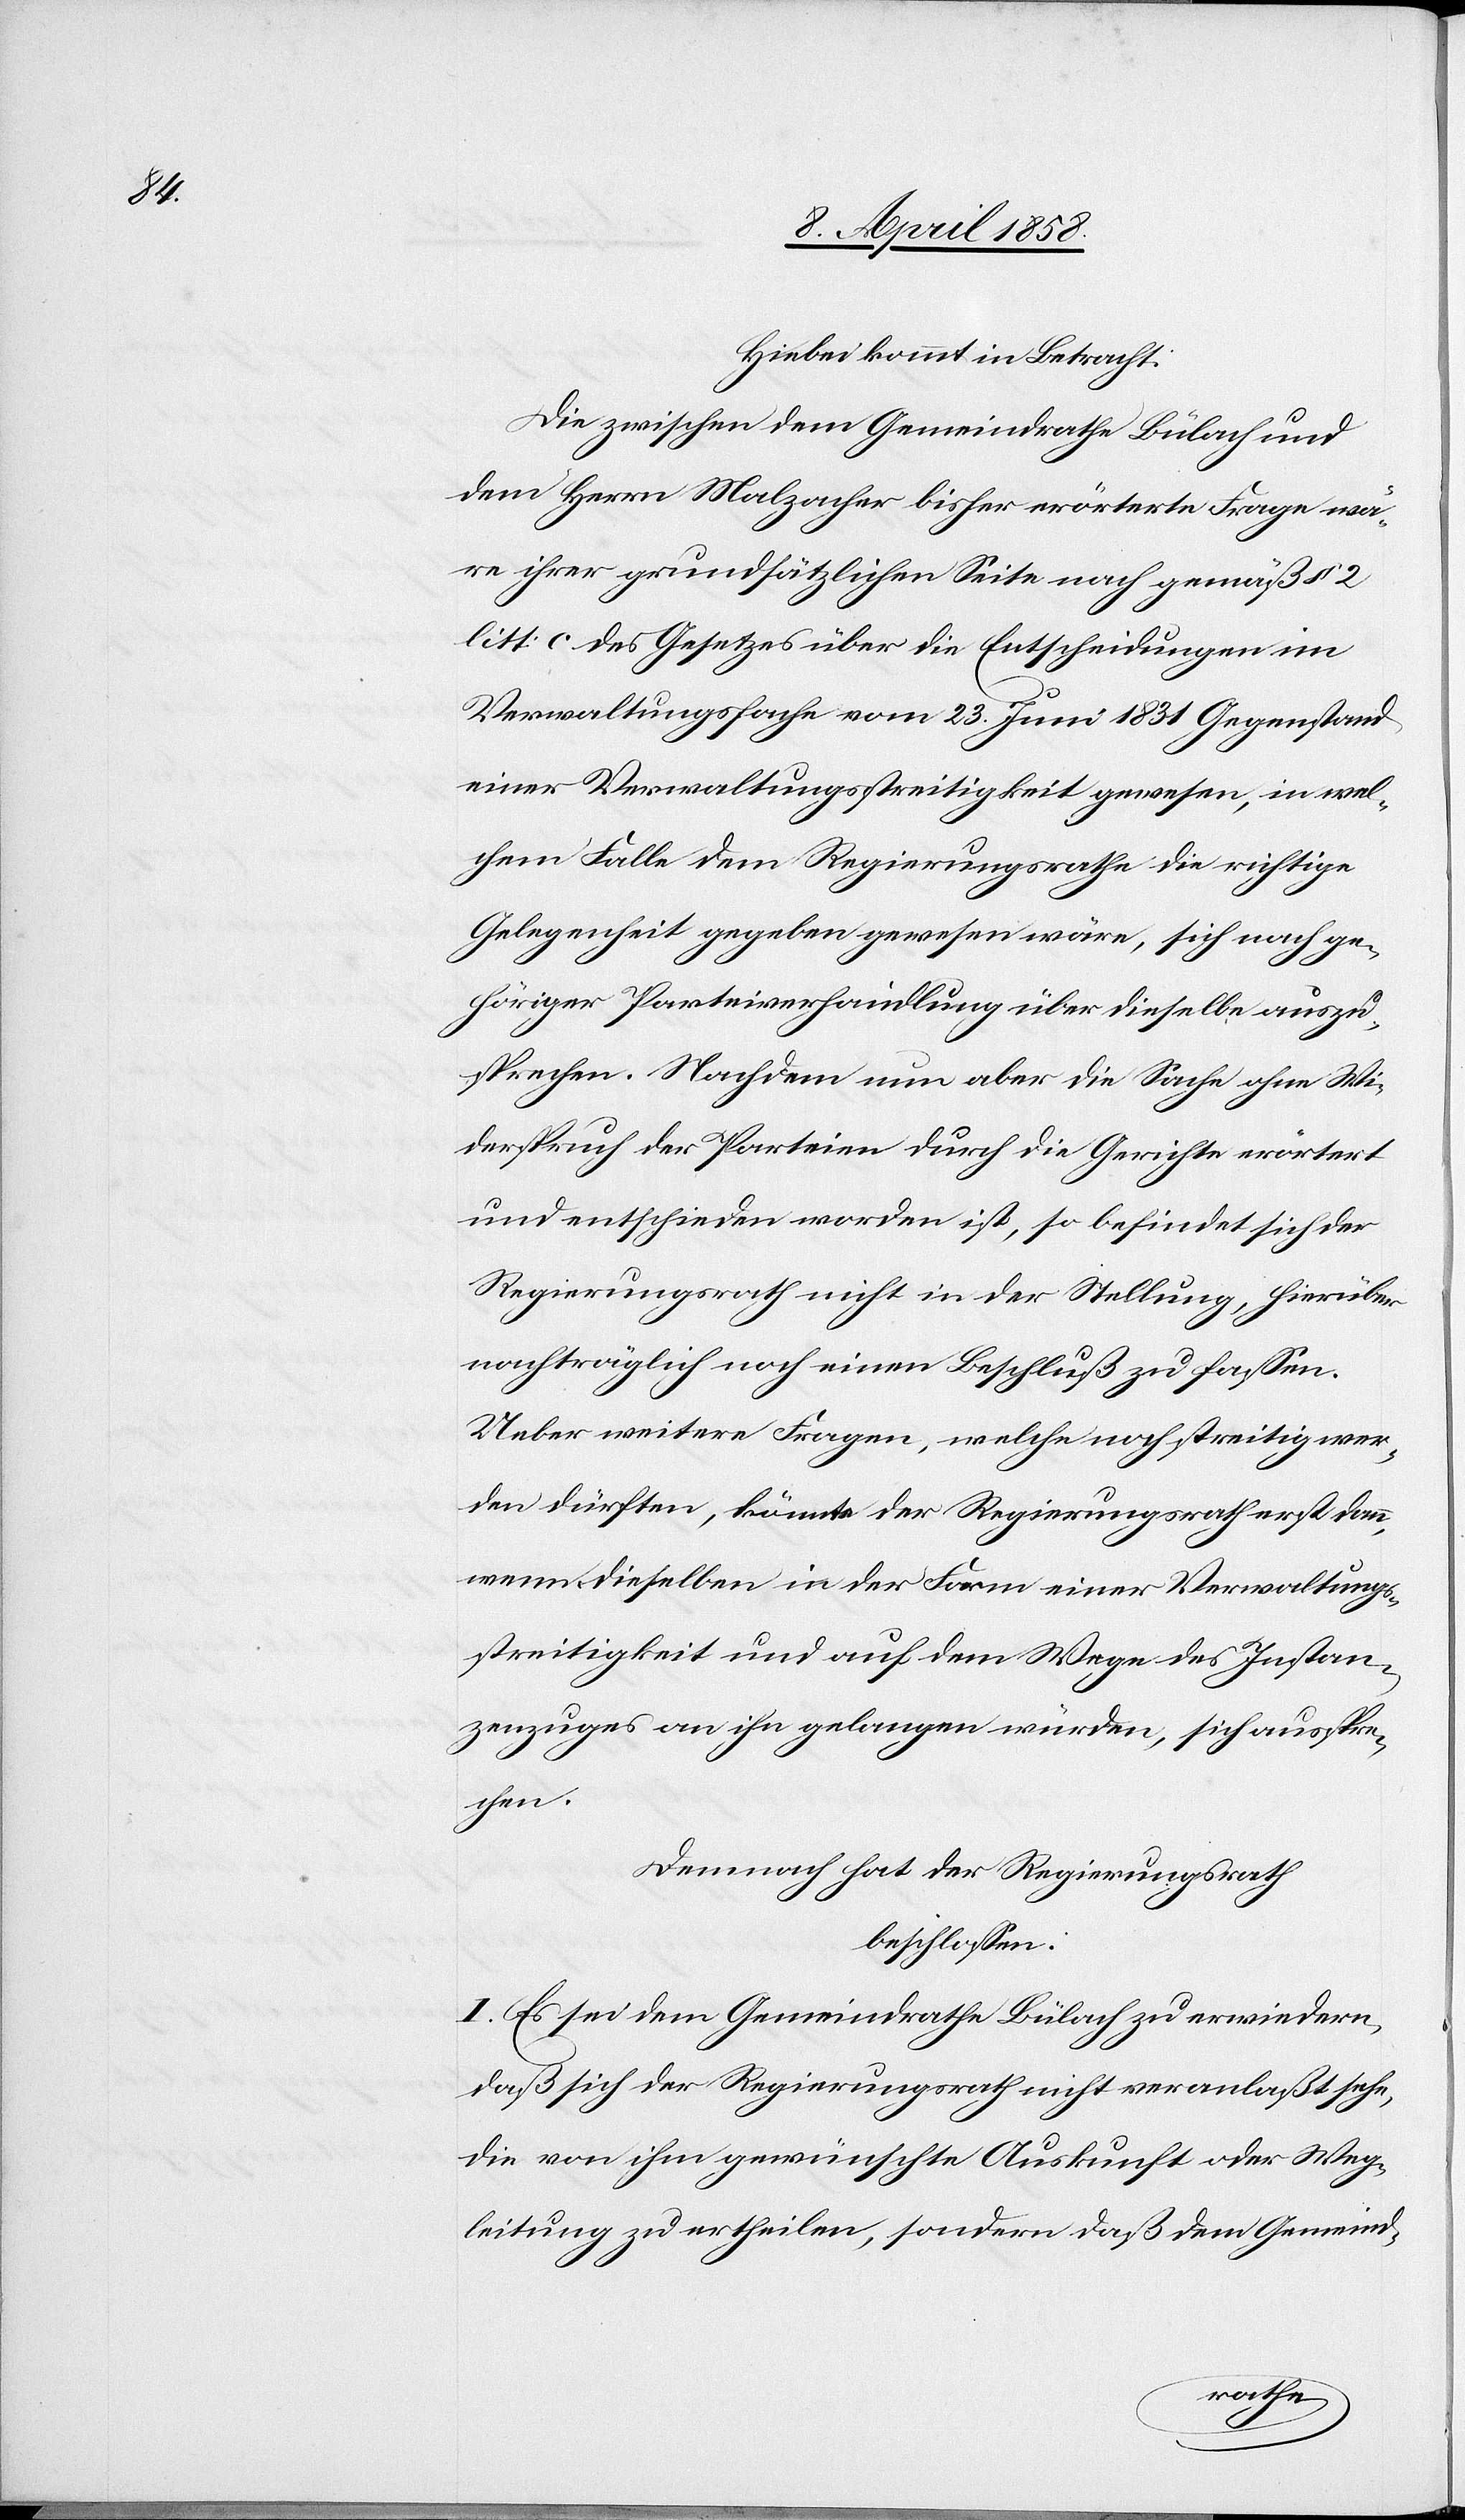
Hiebei kommt in Betracht:
Die zwischen dem Gemeindrathe Bülach und
dem Herrn Malzacher bisher erörterte Frage wä¬
re ihrer grundsätzlichen Seite nach gemäß § 12
litt. c des Gesetzes über die Entscheidungen im
Verwaltungsfache vom 23. Juni 1831 Gegenstand
einer Verwaltungsstreitigkeit gewesen, in wel¬
chem Falle dem Regierungsrathe die richtige
Gelegenheit gegeben gewesen wäre, sich nach ge¬
höriger Parteiverhandlung über dieselbe auszu¬
sprechen. Nachdem nun aber die Sache ohne Wi¬
derspruch der Parteien durch die Gerichte erörtert
und entschieden worden ist, so befindet sich der
Regierungsrath nicht in der Stellung, hierüber
nachträglich noch einen Beschluß zu fassen.
Ueber weitere Fragen, welche noch streitig wer¬
den dürften, könnte der Regierungsrath erst dann,
wenn dieselben in der Form einer Verwaltungs¬
streitigkeit und auf dem Wege des Instan¬
zenzuges an ihn gelangen würden, sich ausspre¬
chen.
Demnach hat der Regierungsrath
beschlossen:
I. Es sei dem Gemeindrathe Bülach zu erwiedern,
daß sich der Regierungsrath nicht veranlaßt sehe,
die von ihm gewünschte Auskunft oder Weg¬
leitung zu ertheilen, sondern daß dem Gemeind-